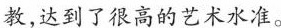
教，达到了很高的艺术水准。